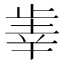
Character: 𰙫